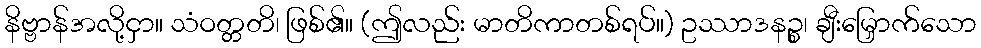
နိဗ္ဗာန်အလို့ငှာ။ သံဝတ္တတိ၊ ဖြစ်၏။ (ဤလည်း မာတိကာတစ်ရပ်။) ဥဿာဒနဉ္စ၊ ချီးမြှောက်သော